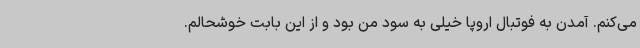
می‌کنم. آمدن به فوتبال اروپا خیلی به سود من بود و از این بابت خوشحالم.